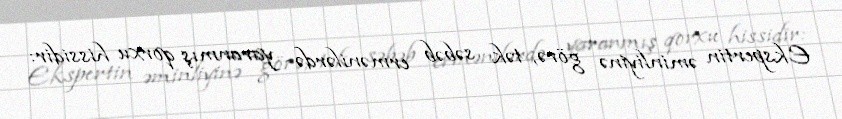
Ekspertin əminliyinə görə, tək səbəb ermənilərdə yaranmış qorxu hissidir: